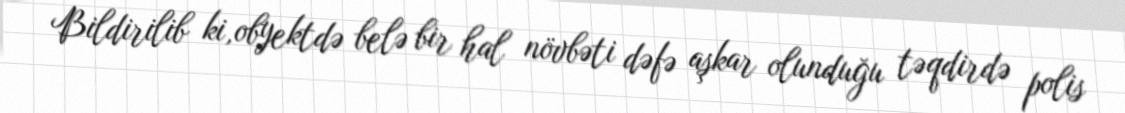
Bildirilib ki,obyektdə belə bir hal növbəti dəfə aşkar olunduğu təqdirdə polis